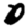
Digit: 0